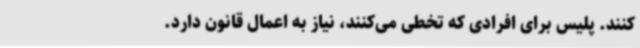
کنند. پلیس برای افرادی که تخطی می‌کنند، نیاز به اعمال قانون دارد.